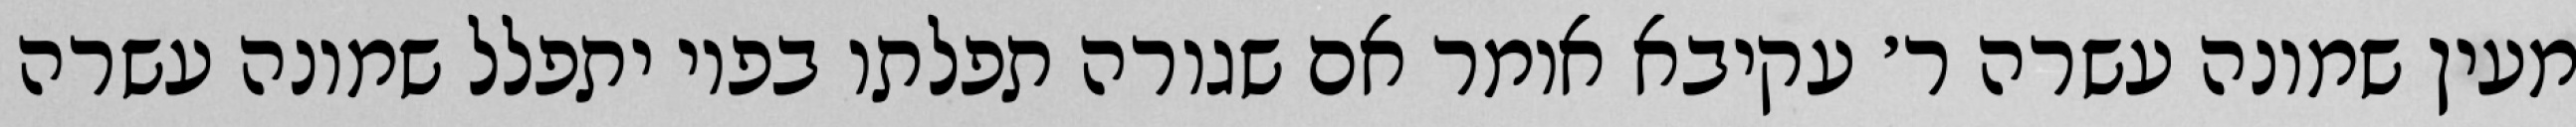
מעין שמונה עשרה ר׳ עקיבא אומר אם שגורה תפלתו בפיו יתפלל שמונה עשרה